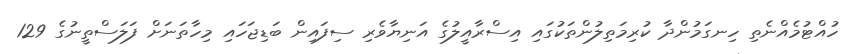
ހުއްޓުމެއްނެތި ހިނގަމުންދާ ކުރިމަތިލުންތަކުގައި އިސްރާއީލުގެ އަނިޔާވެރި ސިފައިން ބަޑިޖަހައި މިހާތަނަށް ފަލަސްތީނުގެ 129